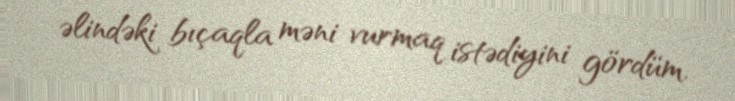
əlindəki bıçaqla məni vurmaq istədiyini gördüm.